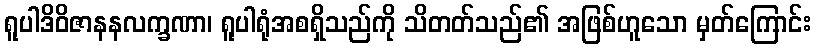
ရူပါဒိဝိဇာနနလက္ခဏာ၊ ရူပါရုံအစရှိသည်ကို သိတတ်သည်၏ အဖြစ်ဟူသော မှတ်ကြောင်း